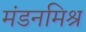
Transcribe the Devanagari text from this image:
मंडनमिश्र